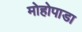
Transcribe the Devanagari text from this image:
मोहोपाडा